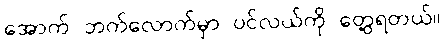
အောက် ဘက်လောက်မှာ ပင်လယ်ကို တွေ့ရတယ်။